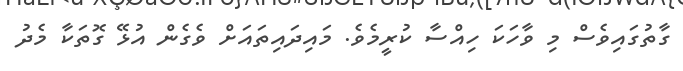
ގާތުގައިވެސް މި ވާހަކަ ހިއްސާ ކުރީމެވެ. މައިދައިތައަށް ވެގެން އުޅޭ ގޮތަކާ މެދު